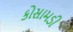
કોસામડી